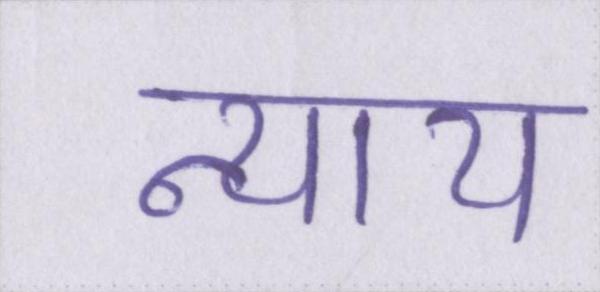
न्याय